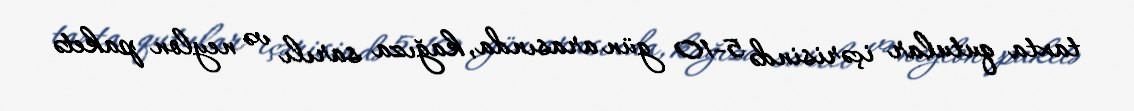
taxta qutular içərisində 5-10 gün arasında, kağıza sarılı və neylon paketə